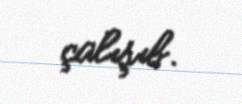
çalışıb.